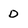
Character: D